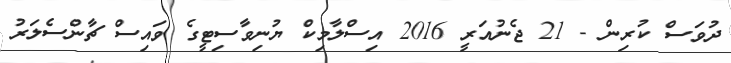
ދުވަސް ކުރިން - 21 ޖެނުއަރީ 2016 އިސްލާމިކް ޔުނިވާސިޓީގެ ވައިސް ޗާންސެލަރު